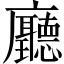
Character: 廳